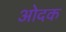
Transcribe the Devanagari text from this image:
ओदक